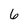
Character: 6